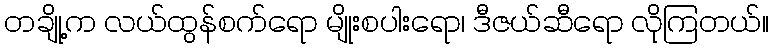
တချို့က လယ်ထွန်စက်ရော မျိုးစပါးရော၊ ဒီဇယ်ဆီရော လိုကြတယ်။